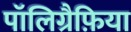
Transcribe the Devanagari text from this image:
पॉलिग्रैफ़िया